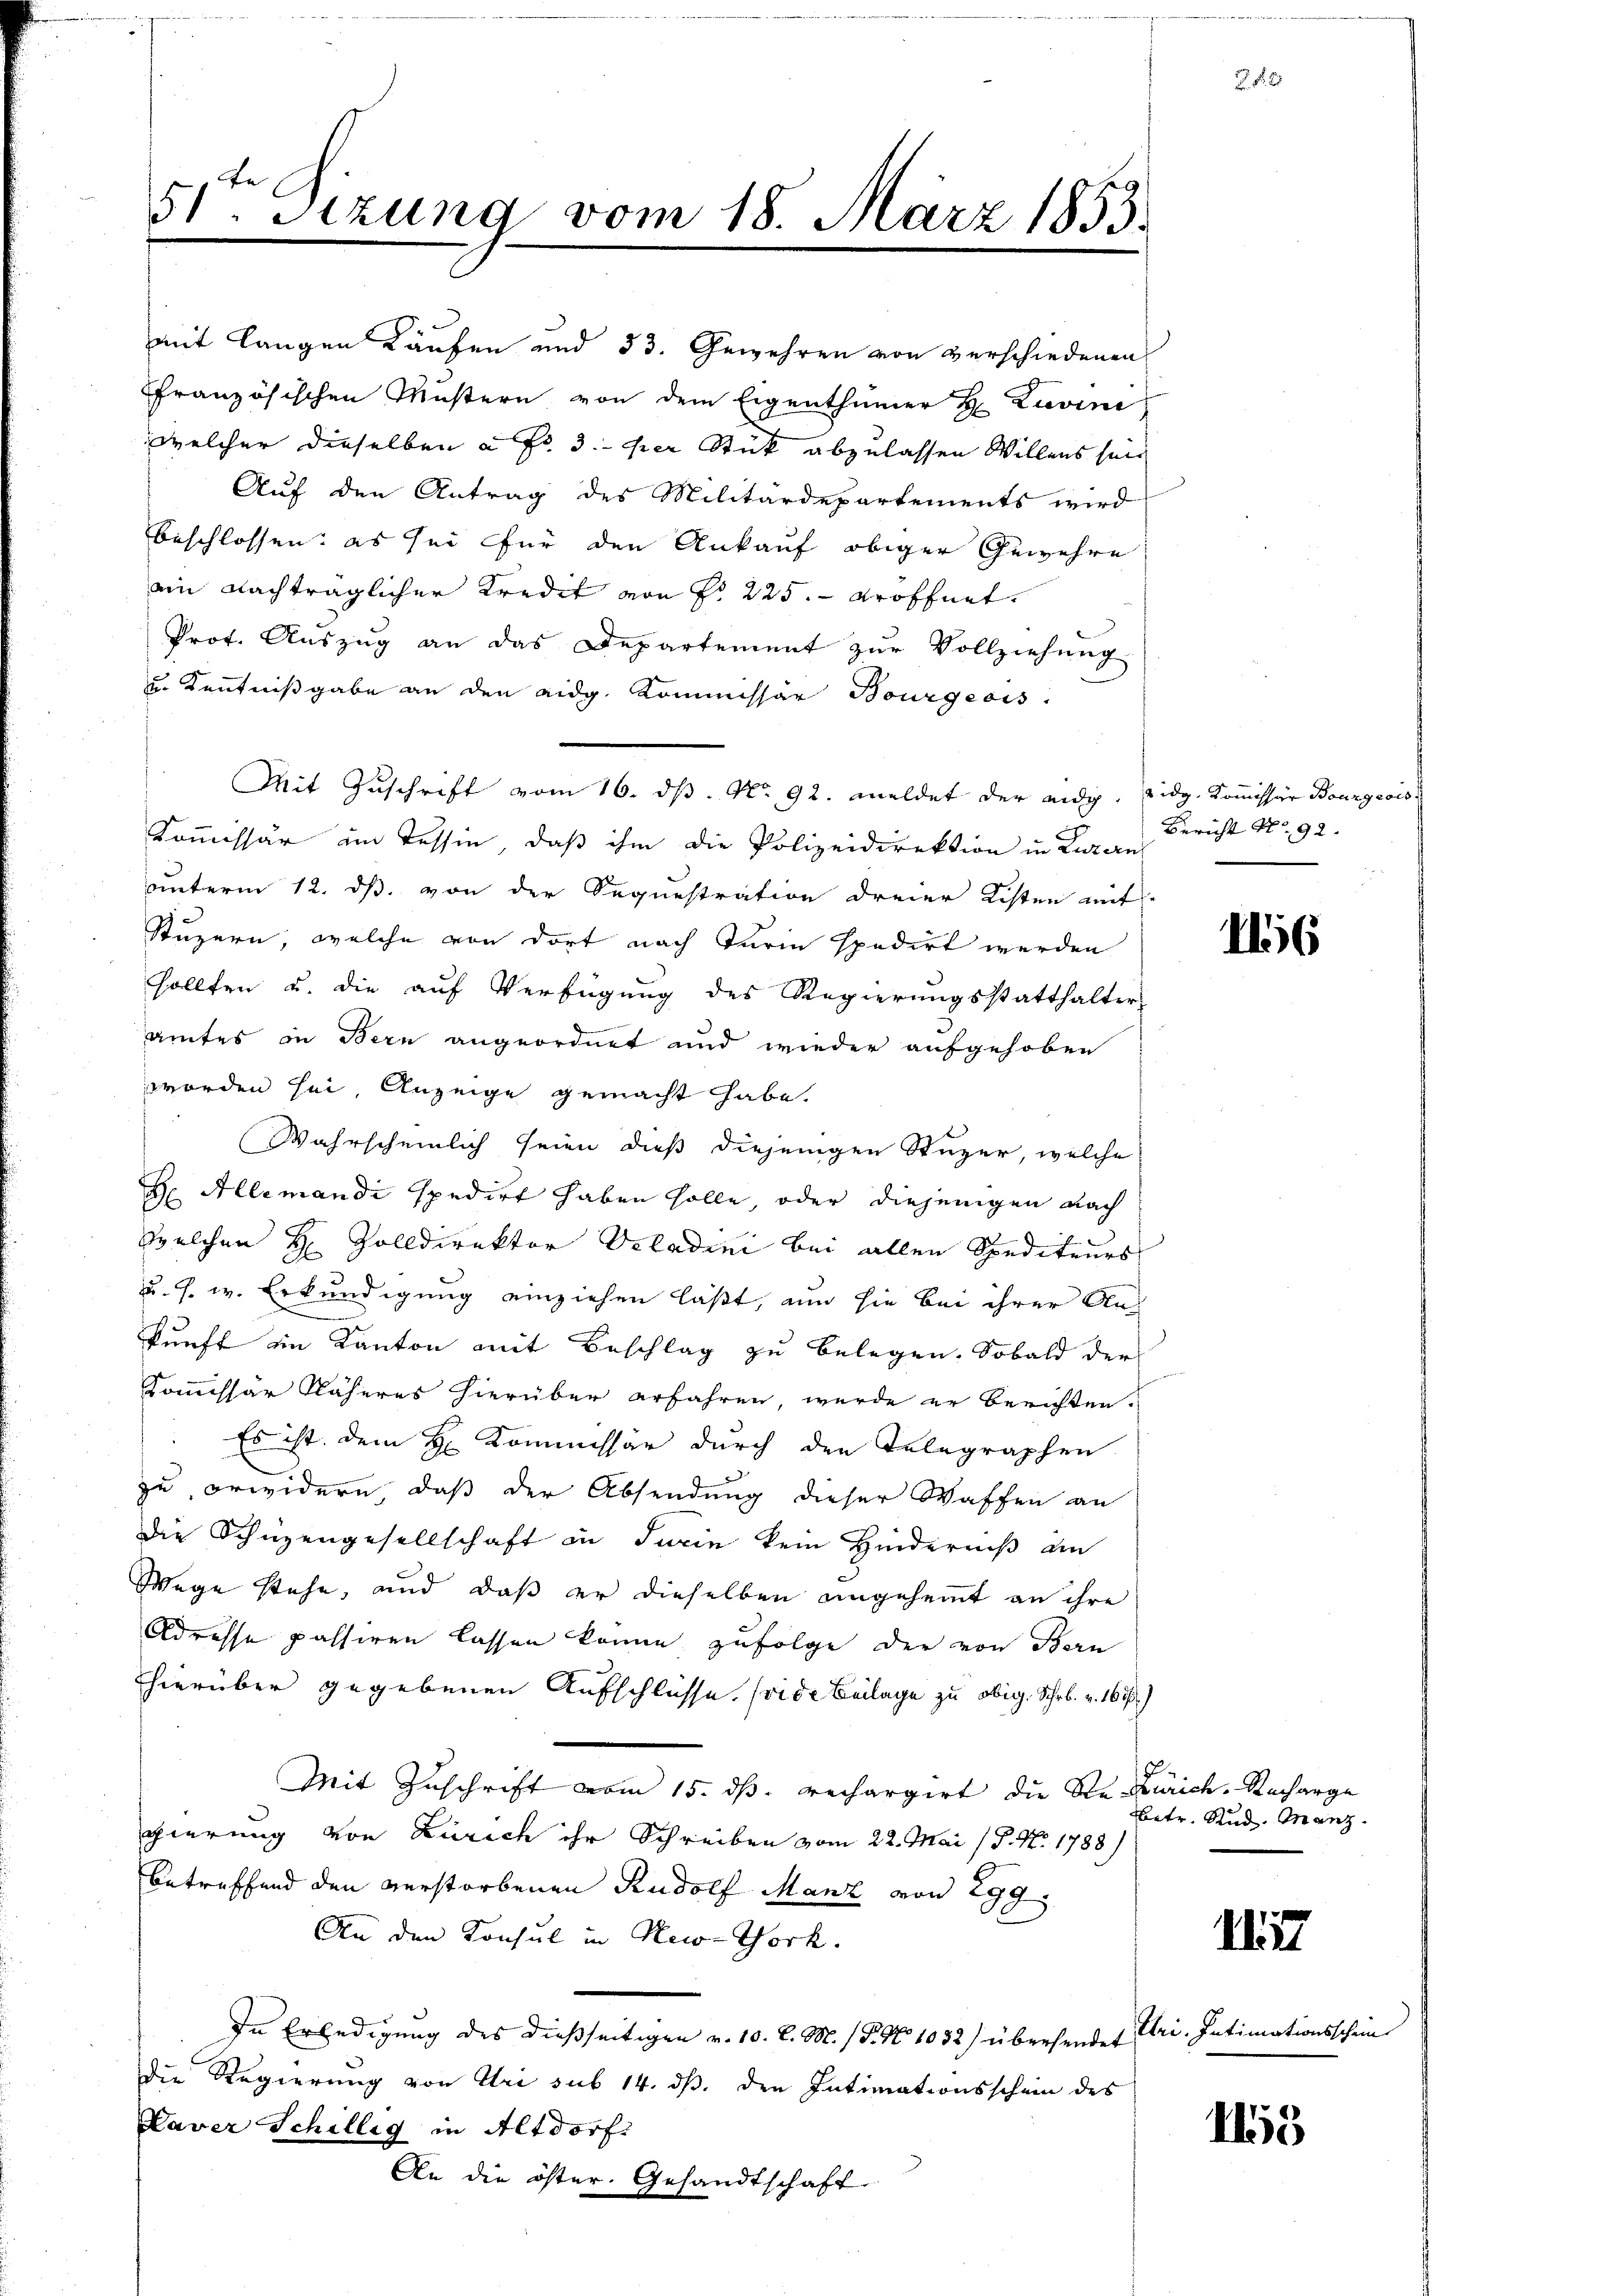
mit langen Käufen und 53. Gewehren von verschiedenen
ffranzösischen Mustern von dem Eigenthümer H. Livine
welcher dieselben à Fr. 3. per Stück abzulassen Willens sein
Auf den Antrag des Militärdepartements wird
beschlossen: es sei für den Ankauf obiger Gewehre
ain Nachträglicher Kredit von Fr. 225. eröffnet.
Prof. Auszug an das Departement zur Vollziehung
u. Kenntnißgabe an den eidg. Kommissär Bourgeois
Mit Zuschrift vom 16. ds. No. 92. meldet der eidg. Eidg. Kommission Bourgeois
Kommissär im Tessin, daß ihm die Polizeidirektion in Luzern
unterm 12. ds. von der Sequestration dreier Kisten mit
Stuzern, welche von dort nach Turin spedirt werden
sollten u. die auf Verfügung des Regierungsstatthalter
amtes in Bern angeordnet und wieder aufgehoben
worden sei, Anzeige gemacht habe.
Wahrscheinlich seien dieß diejenigen Stuzer, welche
Dr. Allemandi spedirt haben solle, oder diejenigen nach
welchen H. Zolldirektor Vcladini bei allen Spediteurs
u. s. w. Erkundigung einziehen läßt, nun sie bei ihrer Ankunft im Kanton mit Beschlag zu belegen. Sobald der
Kommissär Näheres hierüber erfahren, wurde er berichten.
 Es ist dem H. Kommissär durch den Telegraphen
zu erwidern, daß der Absendung dieser Waffen an
die Schüzengesellschaft in Jurie kein Hinderniß an
Wege stehe, und daß er dieselben angehemmt an ihre
Adresse passiren lassen könne zufolge der von Bern
hierüber gegebenen Aufschlüsse. (vide Beilage zu obig. Schr. v. 167)
Mit Zuschrift vom 15. ds. rechargirt die Rekurich, Recharge
gierung von Zürich ihr Schreiben vom 22. Mai (S. Nr. 1788)
betreffend den verstorbenen Rudolf Manz von 299
An den Konsul in New-York
In Erledigung des dießseitigen v. 10. d. M. P. No 1032) übersendet
die Regierung von Uri sub 14. ds. den Intimationsschein des
Kaver Schillig in Altdorf
An die öster. Gesandtschaft

51. Stzung vom 18. März 1853.

Bericht No. 92.

2

1156

betr. Rud. Manz

177

Uri. Intimationsschein

II5